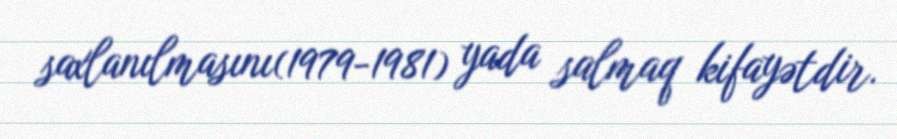
saxlanılmasını(1979-1981) yada salmaq kifayətdir.